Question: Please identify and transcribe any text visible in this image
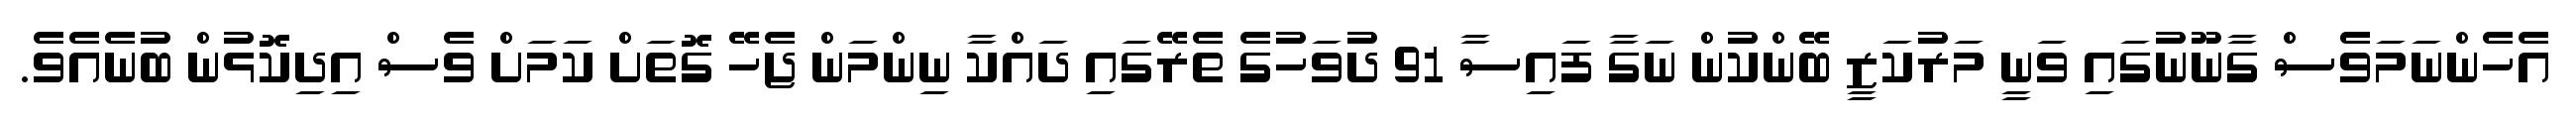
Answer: އެހެންނަމަވެސް ގާނޫނުގައި ވަނީ މަރުކަޒީ ބޭންކުން ނަގާ ފައިސާ 91 ދުވަހުގެ ތެރޭގައި ދައްކާ ނިންމަން ޖެހޭ ގޮތަށް ކަމަށް ވެސް އިދިކޮޅުން ބުނެއެވެ.